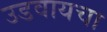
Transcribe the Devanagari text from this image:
उडवायचा